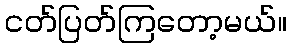
ငတ်ပြတ်ကြတော့မယ်။